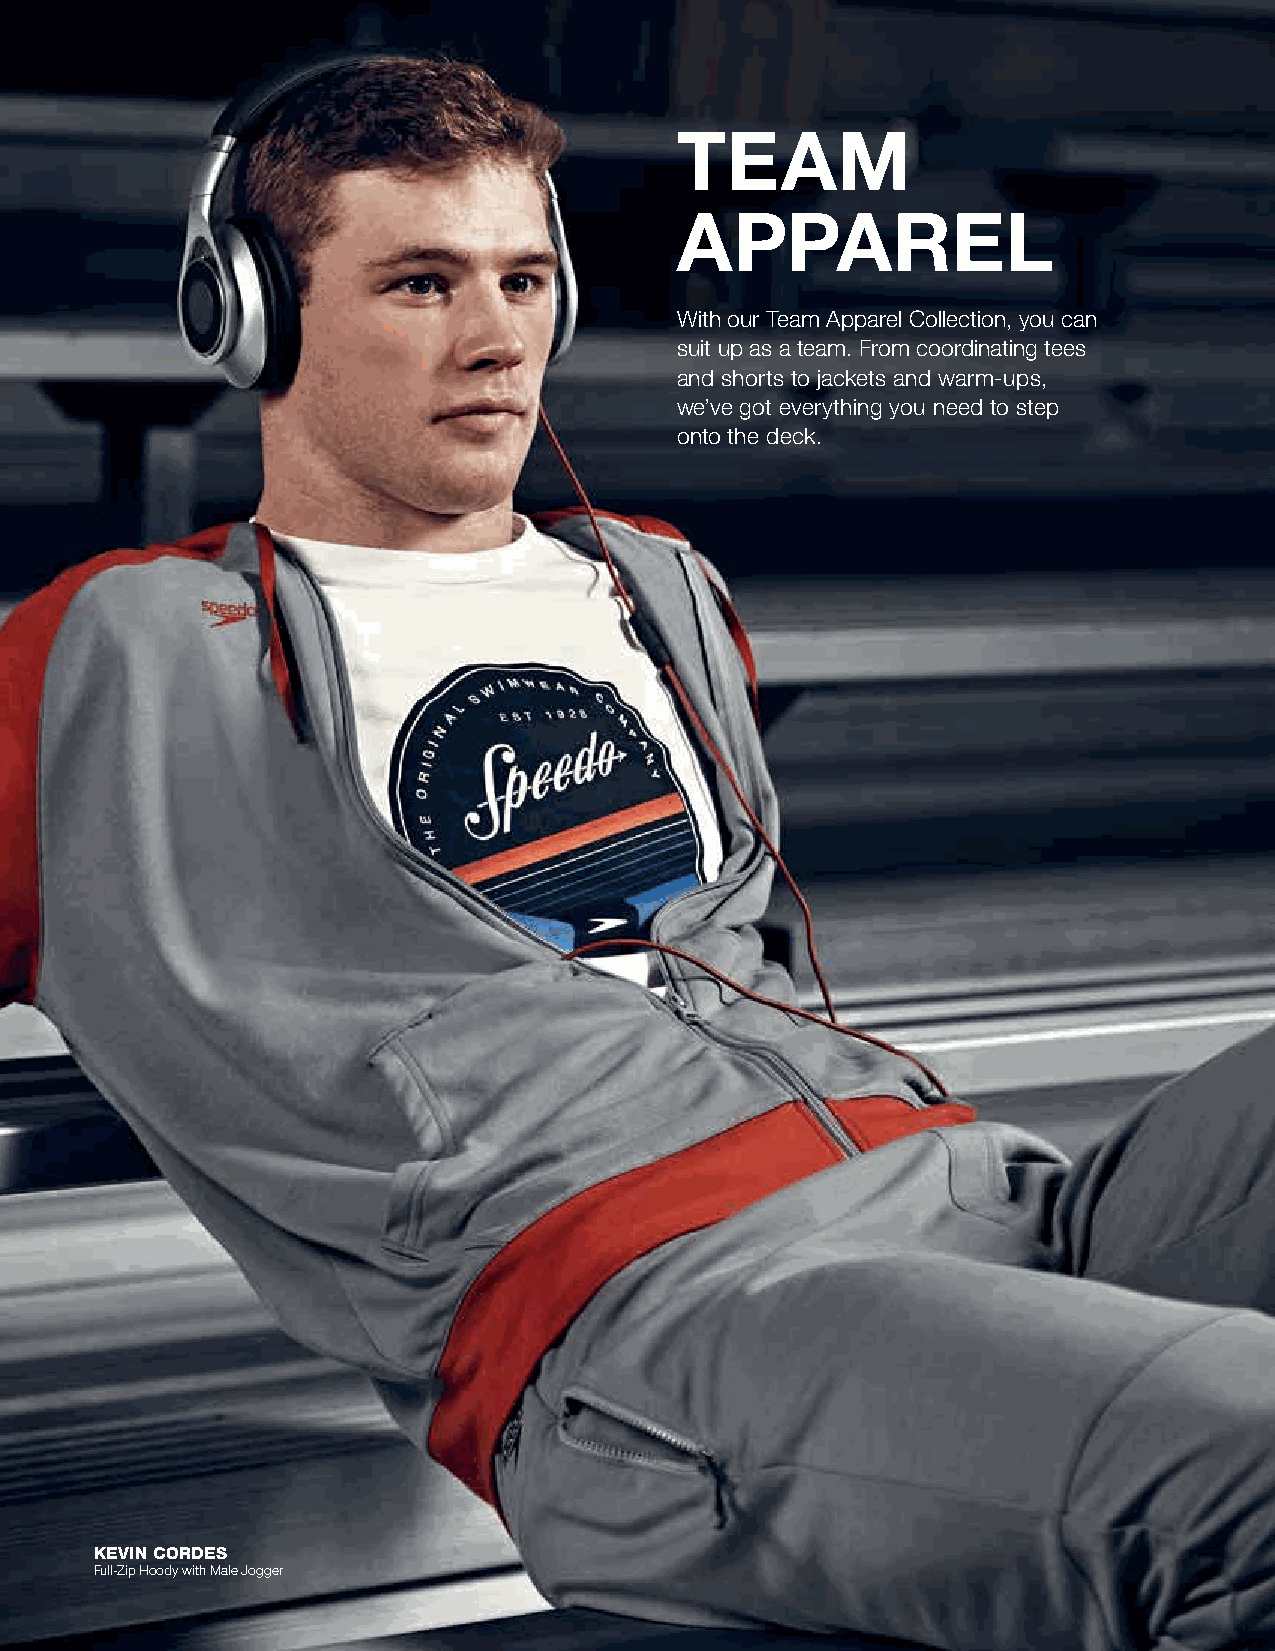
TEAM
 APPAREL
 With our Team Apparel Collection, you can
 suit up as a team. From coordinating tees
 and shorts to jackets and warm-ups,
 we’ve got everything you need to step
 onto the deck.
 KEVIN CORDES
 Full-Zip Hoody with Male Jogger
 38 | 2019 FALL / EARLY BUY TeAM APPAreL